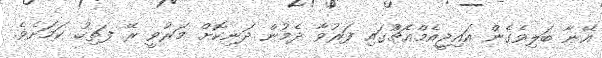
އޭނާ ބަލިވެގެން އައިޖީއެމްއެޗްުގައި ފަރުވާ ދެމުން ދަނިކޮށް މަރުވީ ރޭ ފަތިހު ކަމަށެވެ.